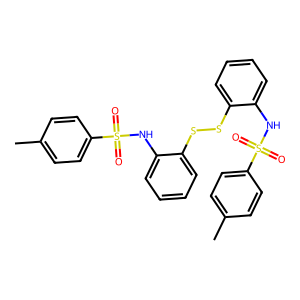
SMILES: Cc1ccc(S(=O)(=O)Nc2ccccc2SSc2ccccc2NS(=O)(=O)c2ccc(C)cc2)cc1
Inhibits HIV replication: No